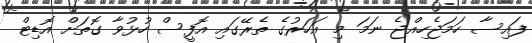
ފައިސާ ހަަމަޖެހިއްޖެ ނަމަ މި އަހަރުގެ ތެރޭގައި އޮފީސް ހުޅުވާ ގޮތަށް އޮޑިޓް